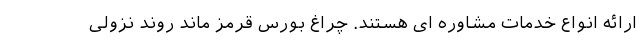
ارائه انواع خدمات مشاوره ای هستند. چراغ بورس قرمز ماند روند نزولی